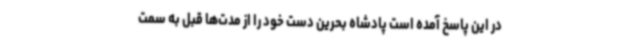
در این پاسخ آمده است پادشاه بحرین دست خود را از مدت‌ها قبل به سمت